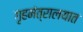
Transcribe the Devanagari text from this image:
गृहमंत्रालयात